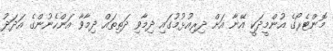
މޮންޓެރޯގެ އުންމީދަކީ އޭނާ އަށް ދިރިއުޅުމުގައި ދިމާވި ދަތިތައް ދިމާވާ އަންހެނުންގެ އަދަދު